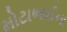
મોટાભાઈના